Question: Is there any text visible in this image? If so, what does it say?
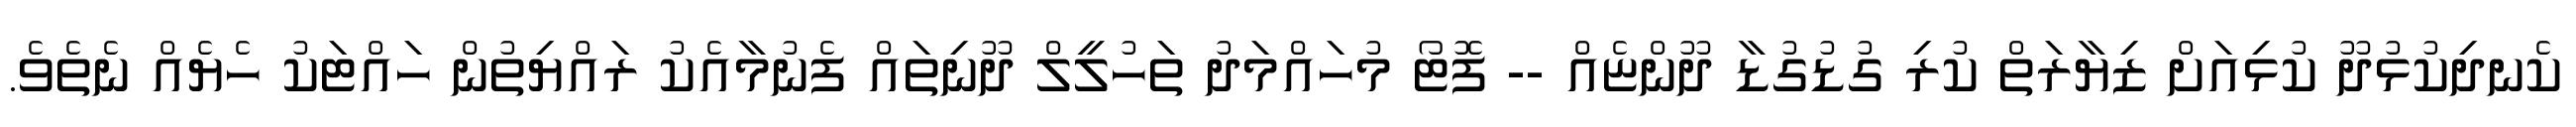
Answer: ކެނދިކުޅުދޫ ކުޅިއަށް ޒިޔާރަތް ކުރި ގުޑުގުޑާ ދޫންޏެއް -- ފޮޓޯ މުހައްމަދު ތަހުލީލް ދޫނިތައް ފެނުމާއެކު ރައްޔިތުން ހައްޓަކު ހެޔެއް ނެތެވެ.